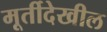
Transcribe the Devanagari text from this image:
मूर्तीदेखील